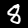
Digit: 8